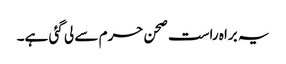
یہ براہ راست صحن حرم سے لی گئی ہے۔